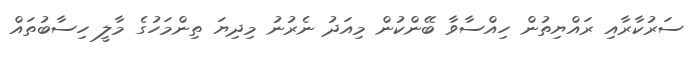
ސަރުކާރާއި ރައްޔިތުން ހިއްސާވާ ބޭންކުން މިއަދު ނެރުނު މިދިޔަ ތިންމަހުގެ މާލީ ހިސާބުތައް